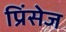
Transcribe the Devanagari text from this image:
प्रिंसेज